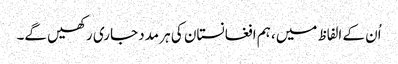
اُن کے الفاظ میں، ہم افغانستان کی ہر مدد جاری رکھیں گے۔